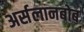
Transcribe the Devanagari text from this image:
अर्सलानबोब